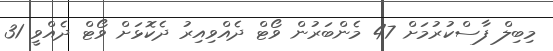
މިބިލް ފާސްކުރުމަށް 47 މެންބަރުން ވޯޓް ދެއްވިއިރު ދެކޮޅަށް ވޯޓް ދެއްވީ 31